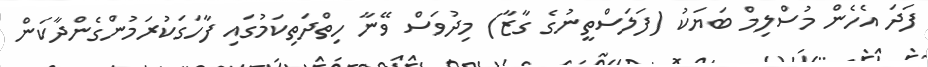
ފަދަ އެހެން މުސްލިމް ބަޔަކު (ފަލަސްތީނުގެ ގާޒާ) މިދުވަސް ވޭނާ ހިތްދަތިކަމުގައި ފާހަގަކުރަމުންގެންދާކަން